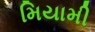
મિયામી